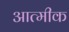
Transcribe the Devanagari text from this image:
आत्मीक